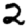
Digit: 2